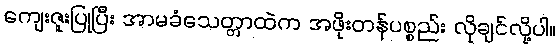
ကျေးဇူးပြုပြီး အာမခံသေတ္တာထဲက အဖိုးတန်ပစ္စည်း လိုချင်လို့ပါ။